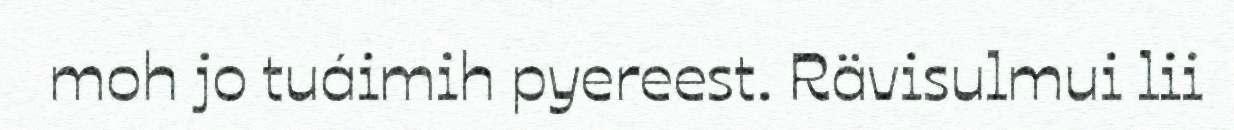
moh jo tuáimih pyereest. Rävisulmui lii